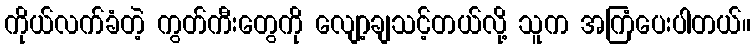
ကိုယ်လက်ခံတဲ့ ကွတ်ကီးတွေကို လျော့ချသင့်တယ်လို့ သူက အကြံပေးပါတယ်။